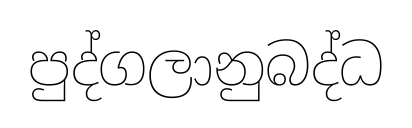
පුද්ගලානුබද්ධ